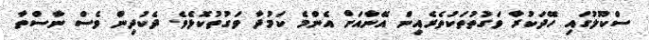
ސްކޫލުގައި ހޭދަކުރާ ވަގުތުތަކުތެރެއިން އޭނާއަށް އެންމެ ކަމުދާ ވަގުތުކޮޅެވެ. ދެކުދިން ވެސް ނާސްތާ